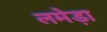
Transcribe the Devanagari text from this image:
लमेड़ा